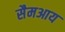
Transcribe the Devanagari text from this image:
सैमआय